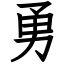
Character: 勇